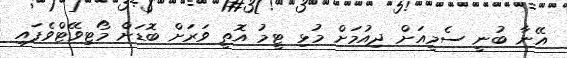
އޭނާ ބުނީ ސެމީއަށް ދިއުމަށް މުޅި ޓީމު އޮތީ ވަރަށް ބޮޑަށް މޯޓިވޭޓްވެފައި